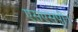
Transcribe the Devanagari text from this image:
एसएसपी।